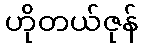
ဟိုတယ်ဇုန်